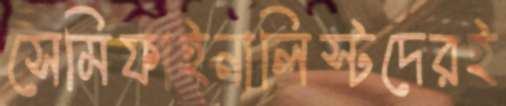
সেমিফাইনালিস্টদেরই